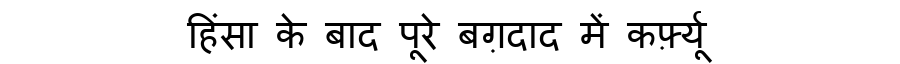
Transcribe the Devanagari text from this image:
हिंसा के बाद पूरे बग़दाद में कर्फ़्यू